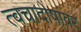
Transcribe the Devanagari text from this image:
त्वचादोषांवर